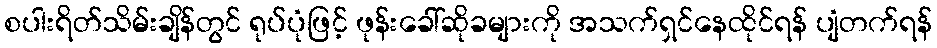
စပါးရိတ်သိမ်းချိန်တွင် ရုပ်ပုံဖြင့် ဖုန်းခေါ်ဆိုခများကို အသက်ရှင်နေထိုင်ရန် ပျံတက်ရန်